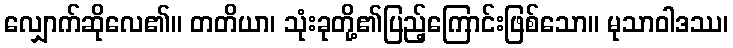
လျှောက်ဆိုလေ၏။ တတိယာ၊ သုံးခုတို့၏ပြည့်ကြောင်းဖြစ်သော။ မုသာဝါဒဿ၊